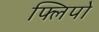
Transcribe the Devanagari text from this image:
फ्लिपो